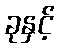
ခုနှင့်